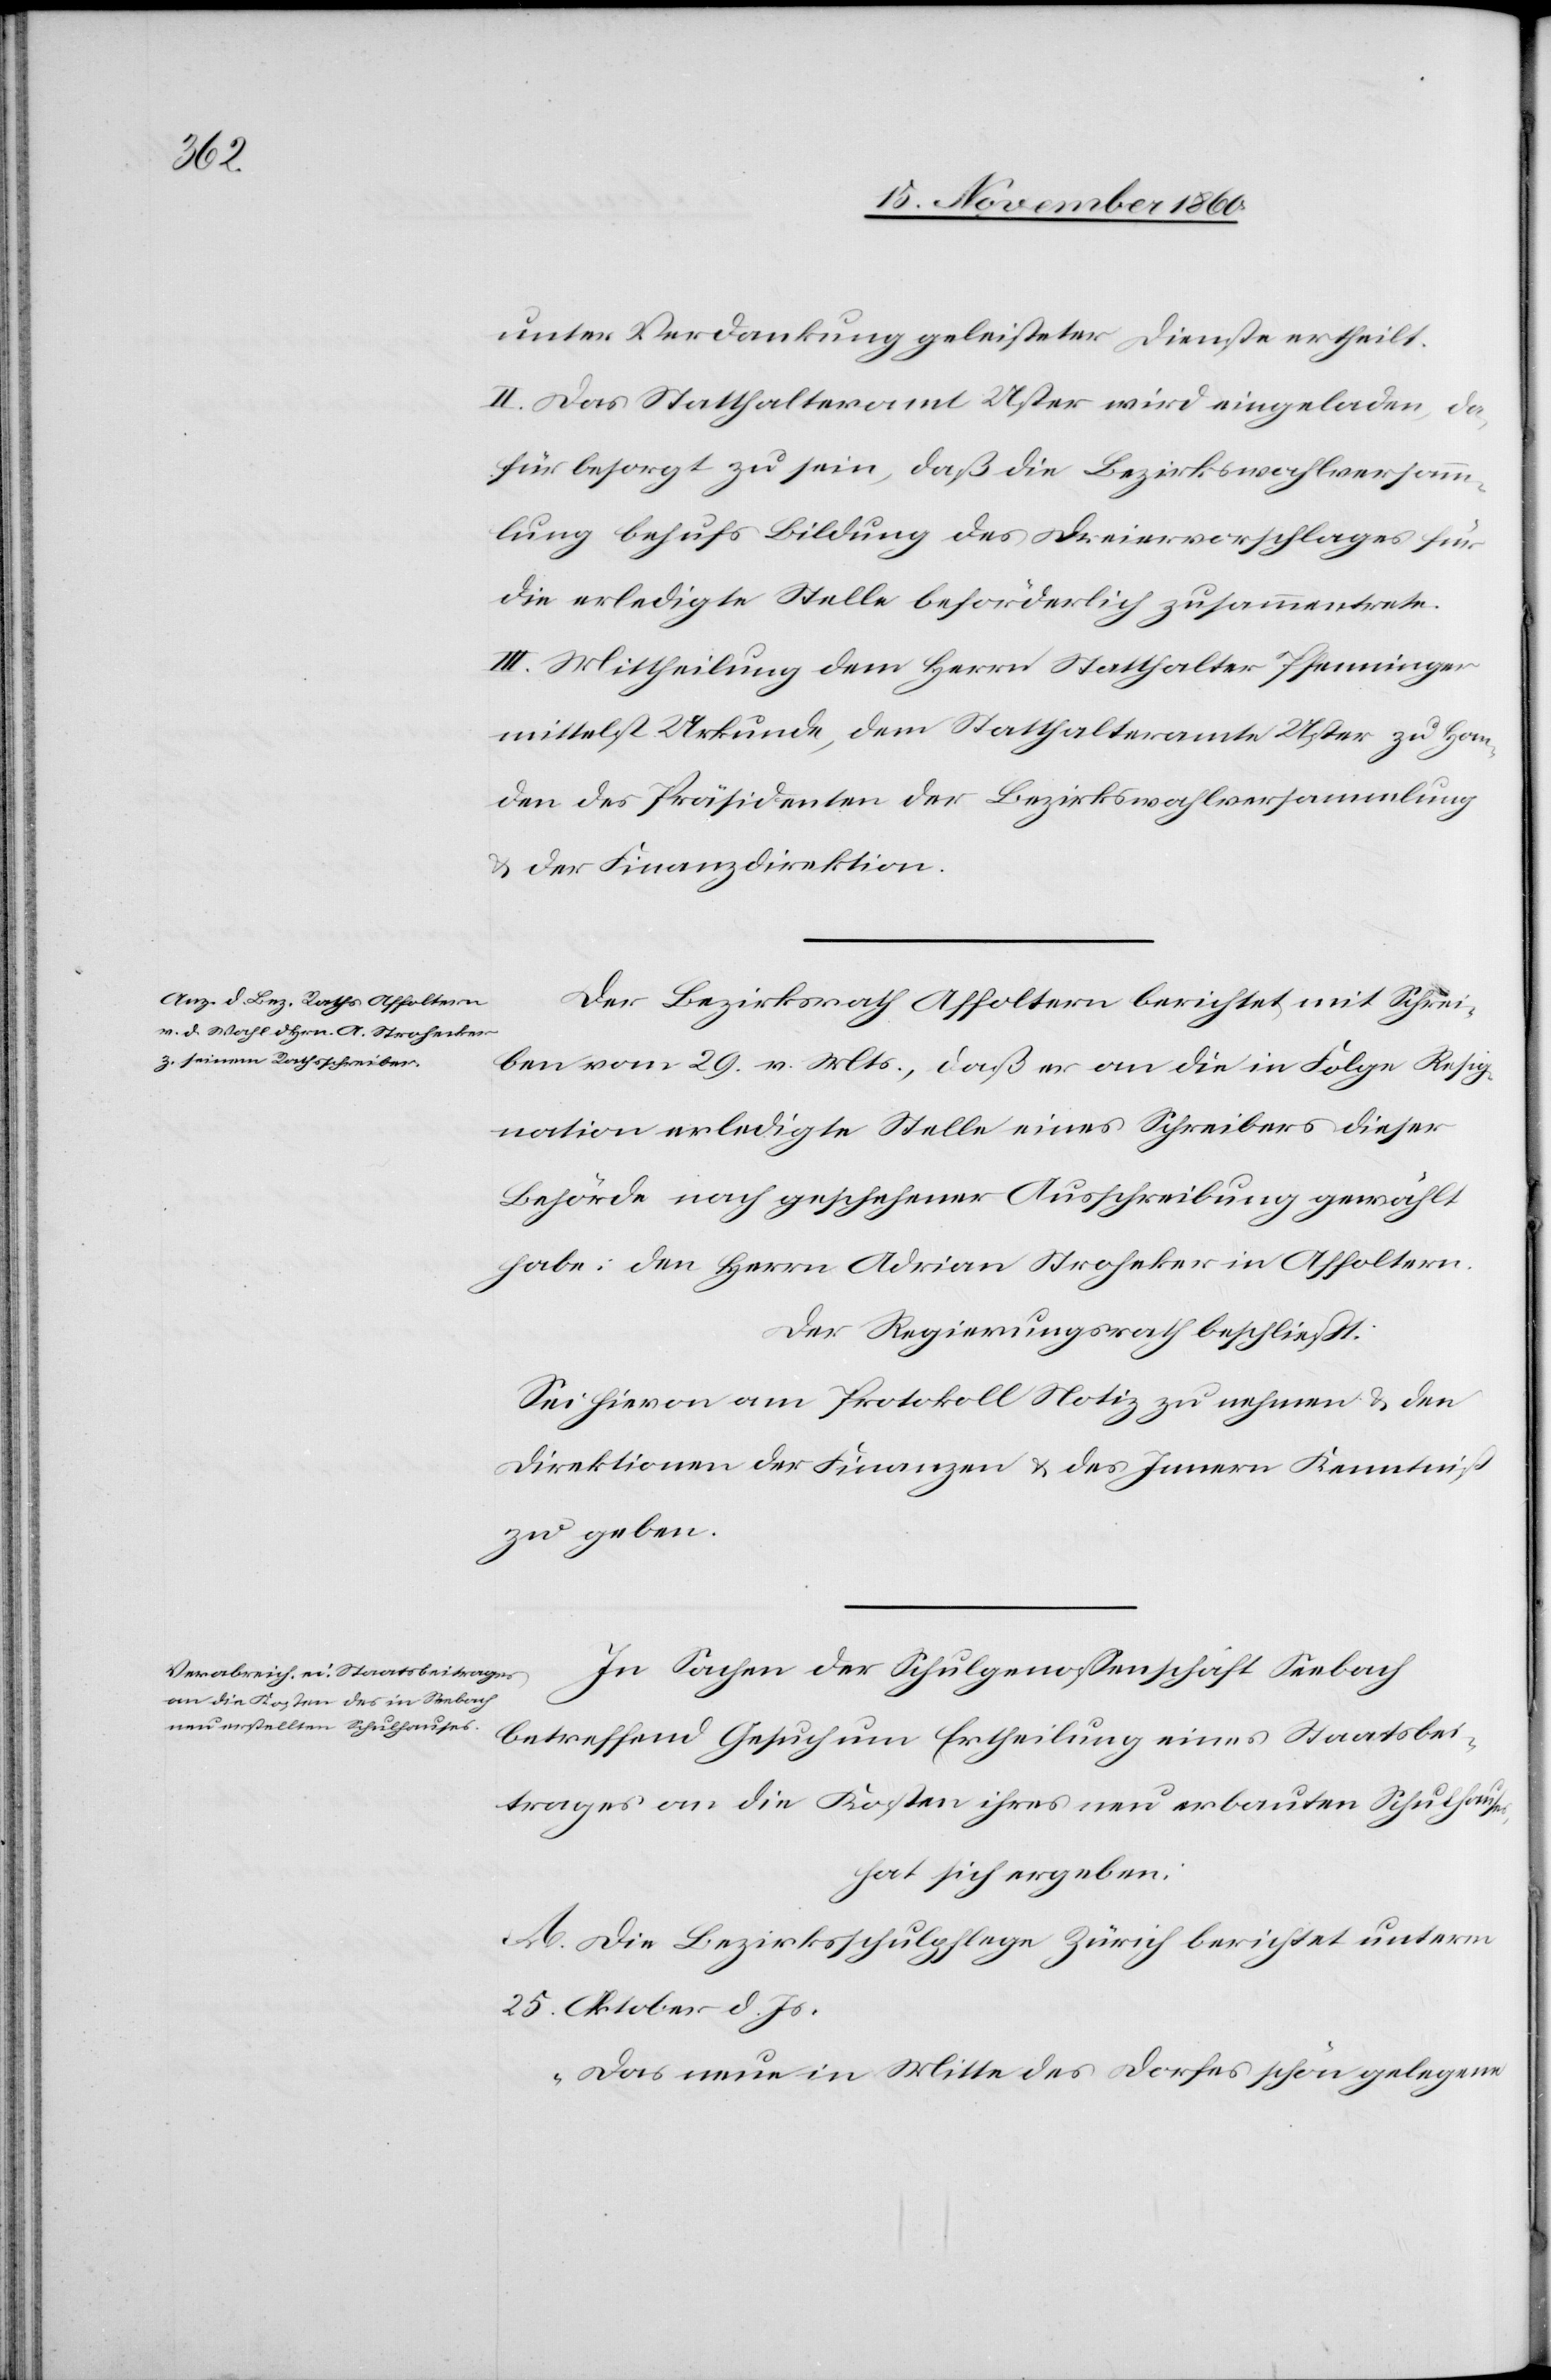
es,
unter Verdankung geleisteter Dienste ertheilt.
II. Das Statthalteramt Uster wird eingeladen, da¬
für besorgt zu sein, daß die Bezirkswahlversamm¬
lung behufs Bildung des Dreiervorschlages für
die erledigte Stelle beförderlich zusammentrete.
III. Mittheilung dem Herrn Statthalter Pfenninger
mittelst Urkunde, dem Statthalteramte Uster zu Han¬
den des Präsidenten der Bezirkswahlversammlung
u. der Finanzdirektion.
Der Bezirksrath Affoltern berichtet mit Schrei¬
ben vom 29. v. Mts., daß er an die in Folge Resig¬
nation erledigte Stelle eines Schreibers dieser
Behörde nach geschehener Ausschreibung gewählt
habe: den Herrn Adrian Stroheker in Affoltern.
Der Regierungsrath beschließt:
Sei hievon am Protokoll Notiz zu nehmen u. den
Direktionen der Finanzen u. des Innern Kenntniß
zu geben.
In Sachen der Schulgenossenschaft Seebach
betreffend Gesuch um Ertheilung eines Staatsbei¬
trages an die Kosten ihres neu erbauten Schulhaus¬
hat sich ergeben:
A. Die Bezirksschulpflege Zürich berichtet unterm
25. Oktober d. Js.
„Das neue in Mitte des Dorfes schön gelegene